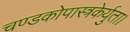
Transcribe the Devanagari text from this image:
चण्डकोपास्त्रकेर्युता।